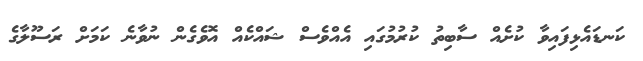
ކަނޑައެޅިފައިވާ ކުށެއް ސާބިތު ކުރުމުގައި އެއްވެސް ޝައްކެއް އޮވެގެން ނުވާނެ ކަމަށް ރަސޫލާގެ